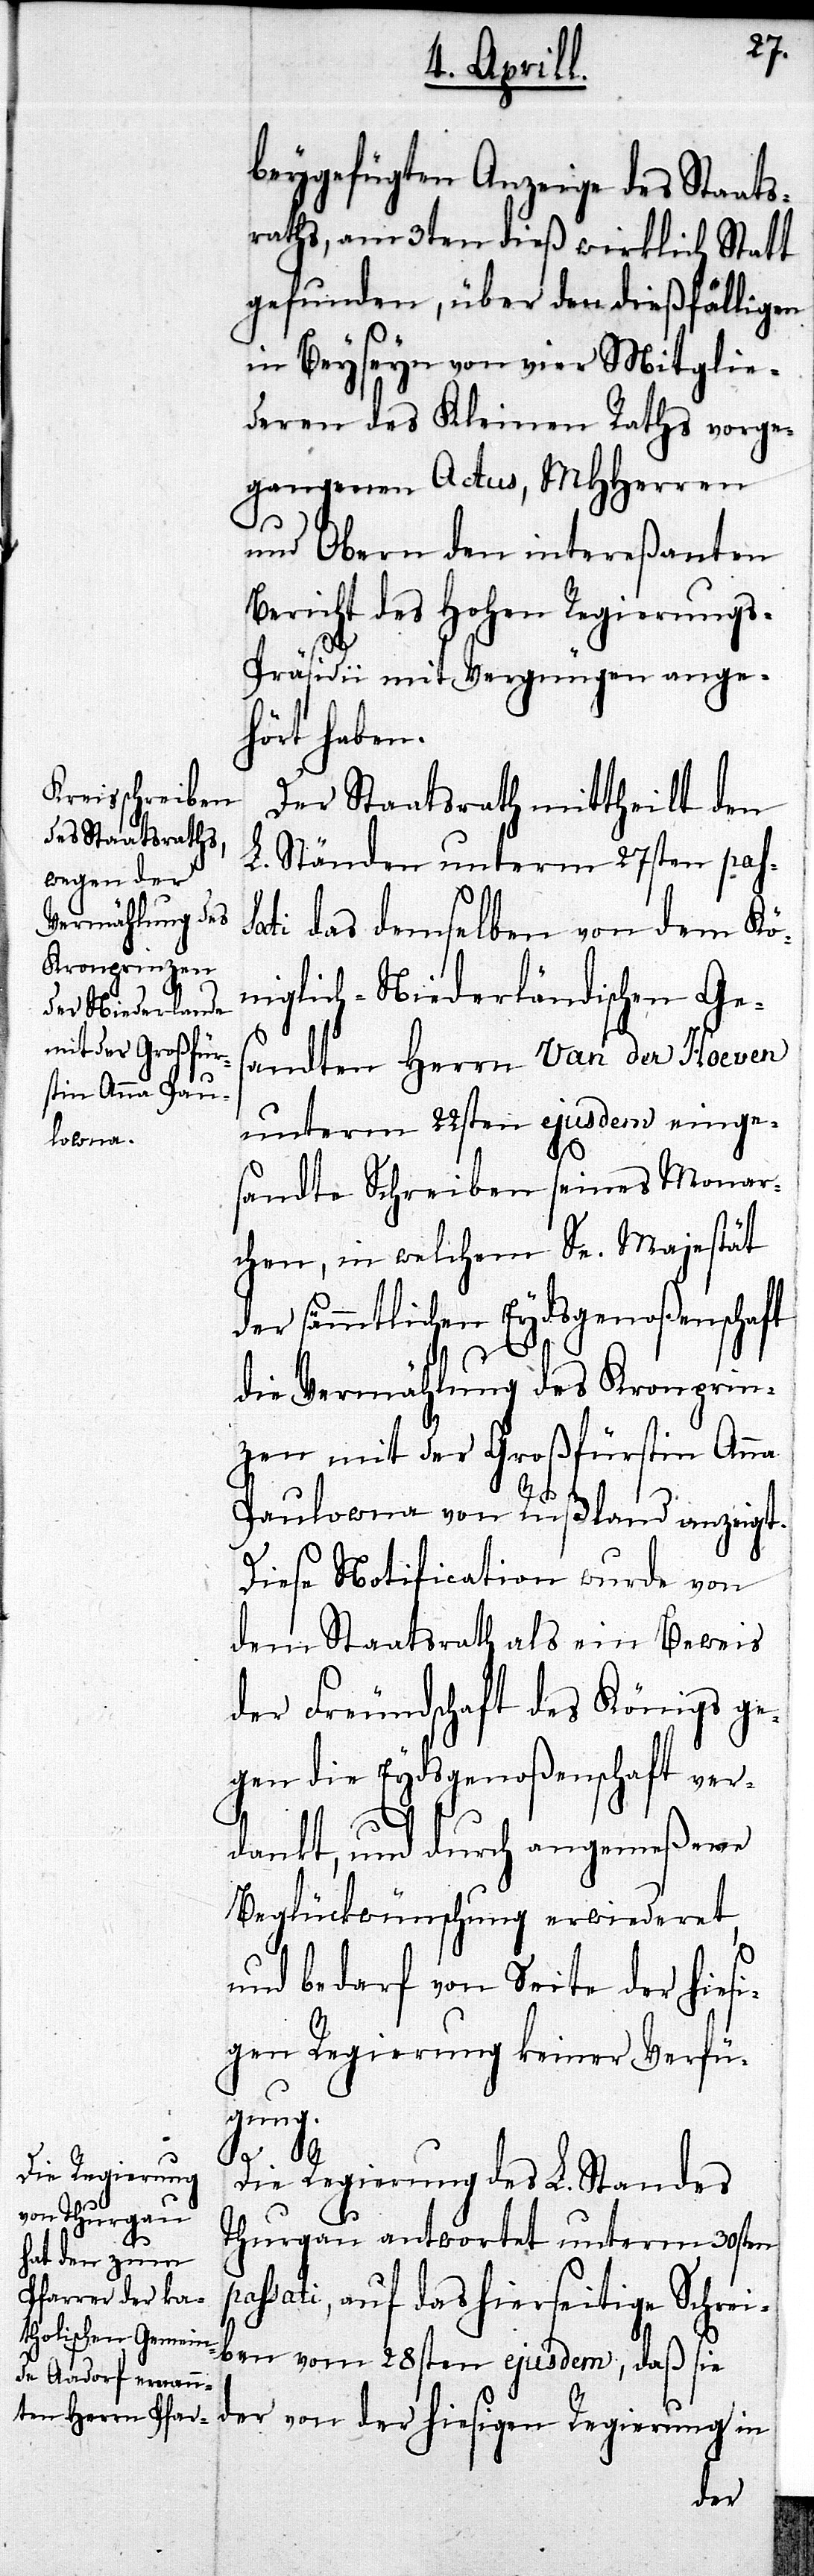
hen Regierung¬

beygefügten Anzeige des Staats¬
raths, am 3ten dieß wirklich Statt
gefunden, über den dießfälligen
in Beyseyn von vier Mitglie¬
deren des Kleinen Raths vorge¬
gangenen Actus, MHHerren
p¬
s-Präsidii mit Vergnügen ange¬
hört haben.
Der Staatsrath mittheilt den
L. Ständen unterm 27sten pass¬
ati das demselben von dem Kö¬
niglich-Niederländischen Ges¬
andten Herrn van der Hoeven
unterm 22sten ejusdem einge¬
sandte Schreiben seines Monar¬
chen, in welchem Sn. Majestät
der sämmtlichen Eydsgenoßenschaft
die Vermählung des Kronprin¬
zen mit der Großfürstin Anna
Paulowna von Rußland anzeigt.
Diese Notification wurde von
dem Staatsrath als ein Beweis
der Freundschaft des Königs ge¬
gen die Eydsgenoßenschaft ver¬
dankt, und durch angemeßener
Beglückwünschung erwiederet,
und bedarf von Seite der hiesi¬
gen Regierung keiner Verfü¬
gung.
des Ho¬
Die Regierung des L. Standes
Thurgau antwortet unterm 30sten
assati, auf das hierseitige Schrei¬
ben vom 28sten ejusdem, daß sie
der von der hiesigen Regierung in